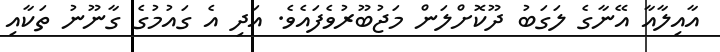
އާއިލާއާ އޭނާގެ ލަގަބު ދޫކޮށްލަން މަޖުބޫރުވެފައެވެ. އަދި އެ ގައުމުގެ ގާނޫނު ތަކާއި